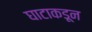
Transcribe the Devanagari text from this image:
घाटाकडून